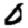
Digit: 0